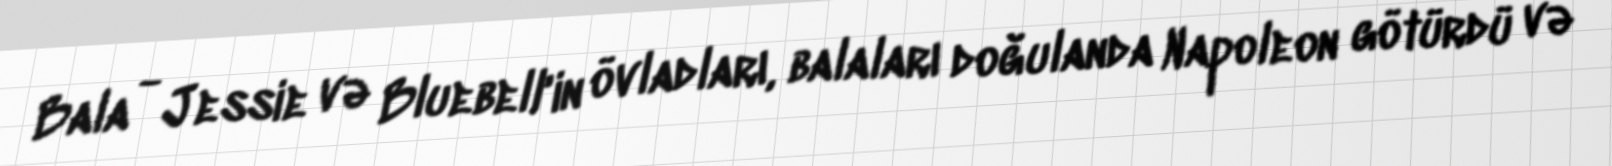
Bala - Jessie və Bluebell'in övladları, balaları doğulanda Napoleon götürdü və